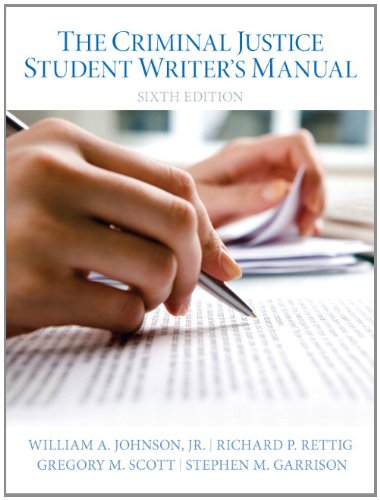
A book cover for The Criminal Justice Student Writer's Manual (6th Edition); Wm A. Johnson; Law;